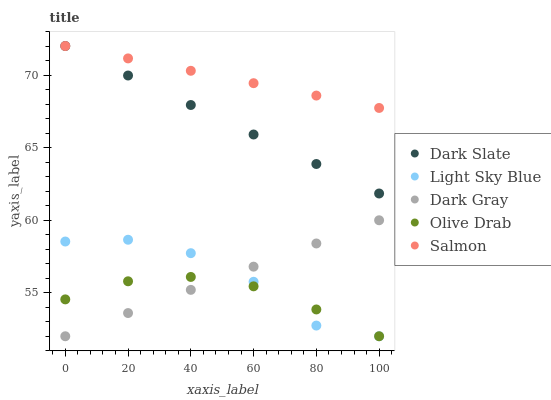
| xaxis_label | Dark Slate | Light Sky Blue | Dark Gray | Olive Drab | Salmon |
 | --- | --- | --- | --- | --- | --- |
 | 0 | 72 | 58.5 | 52 | 54.5 | 72 |
 | 20 | 70 | 58.6 | 53.6 | 55.8 | 71.1 |
 | 40 | 67.9 | 57.7 | 55.2 | 56.1 | 70.3 |
 | 60 | 65.9 | 55.8 | 56.8 | 55.4 | 69.4 |
 | 80 | 63.9 | 52.7 | 58.4 | 53.8 | 68.6 |
 | 100 | 61.8 | 52 | 60 | 52 | 67.7 |